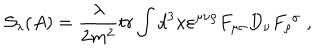
\mathcal { S } _ { \lambda } ( A ) = \frac \lambda { 2 m ^ { 2 } } t r \int d ^ { 3 } x \varepsilon ^ { \mu \nu \rho } F _ { \mu \sigma } D _ { \nu } F _ { \rho } ^ { \; \sigma } \; ,